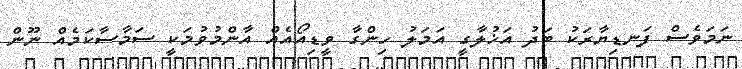
ނަމަވެސް ފަނޑިޔާރަކު ބަދު އަޚުލާގީ އަމަލު ހިންގާ ވީޑިއޯއެއް އާންމުވުމަކީ ސަމާސާކަމެއް ނޫން